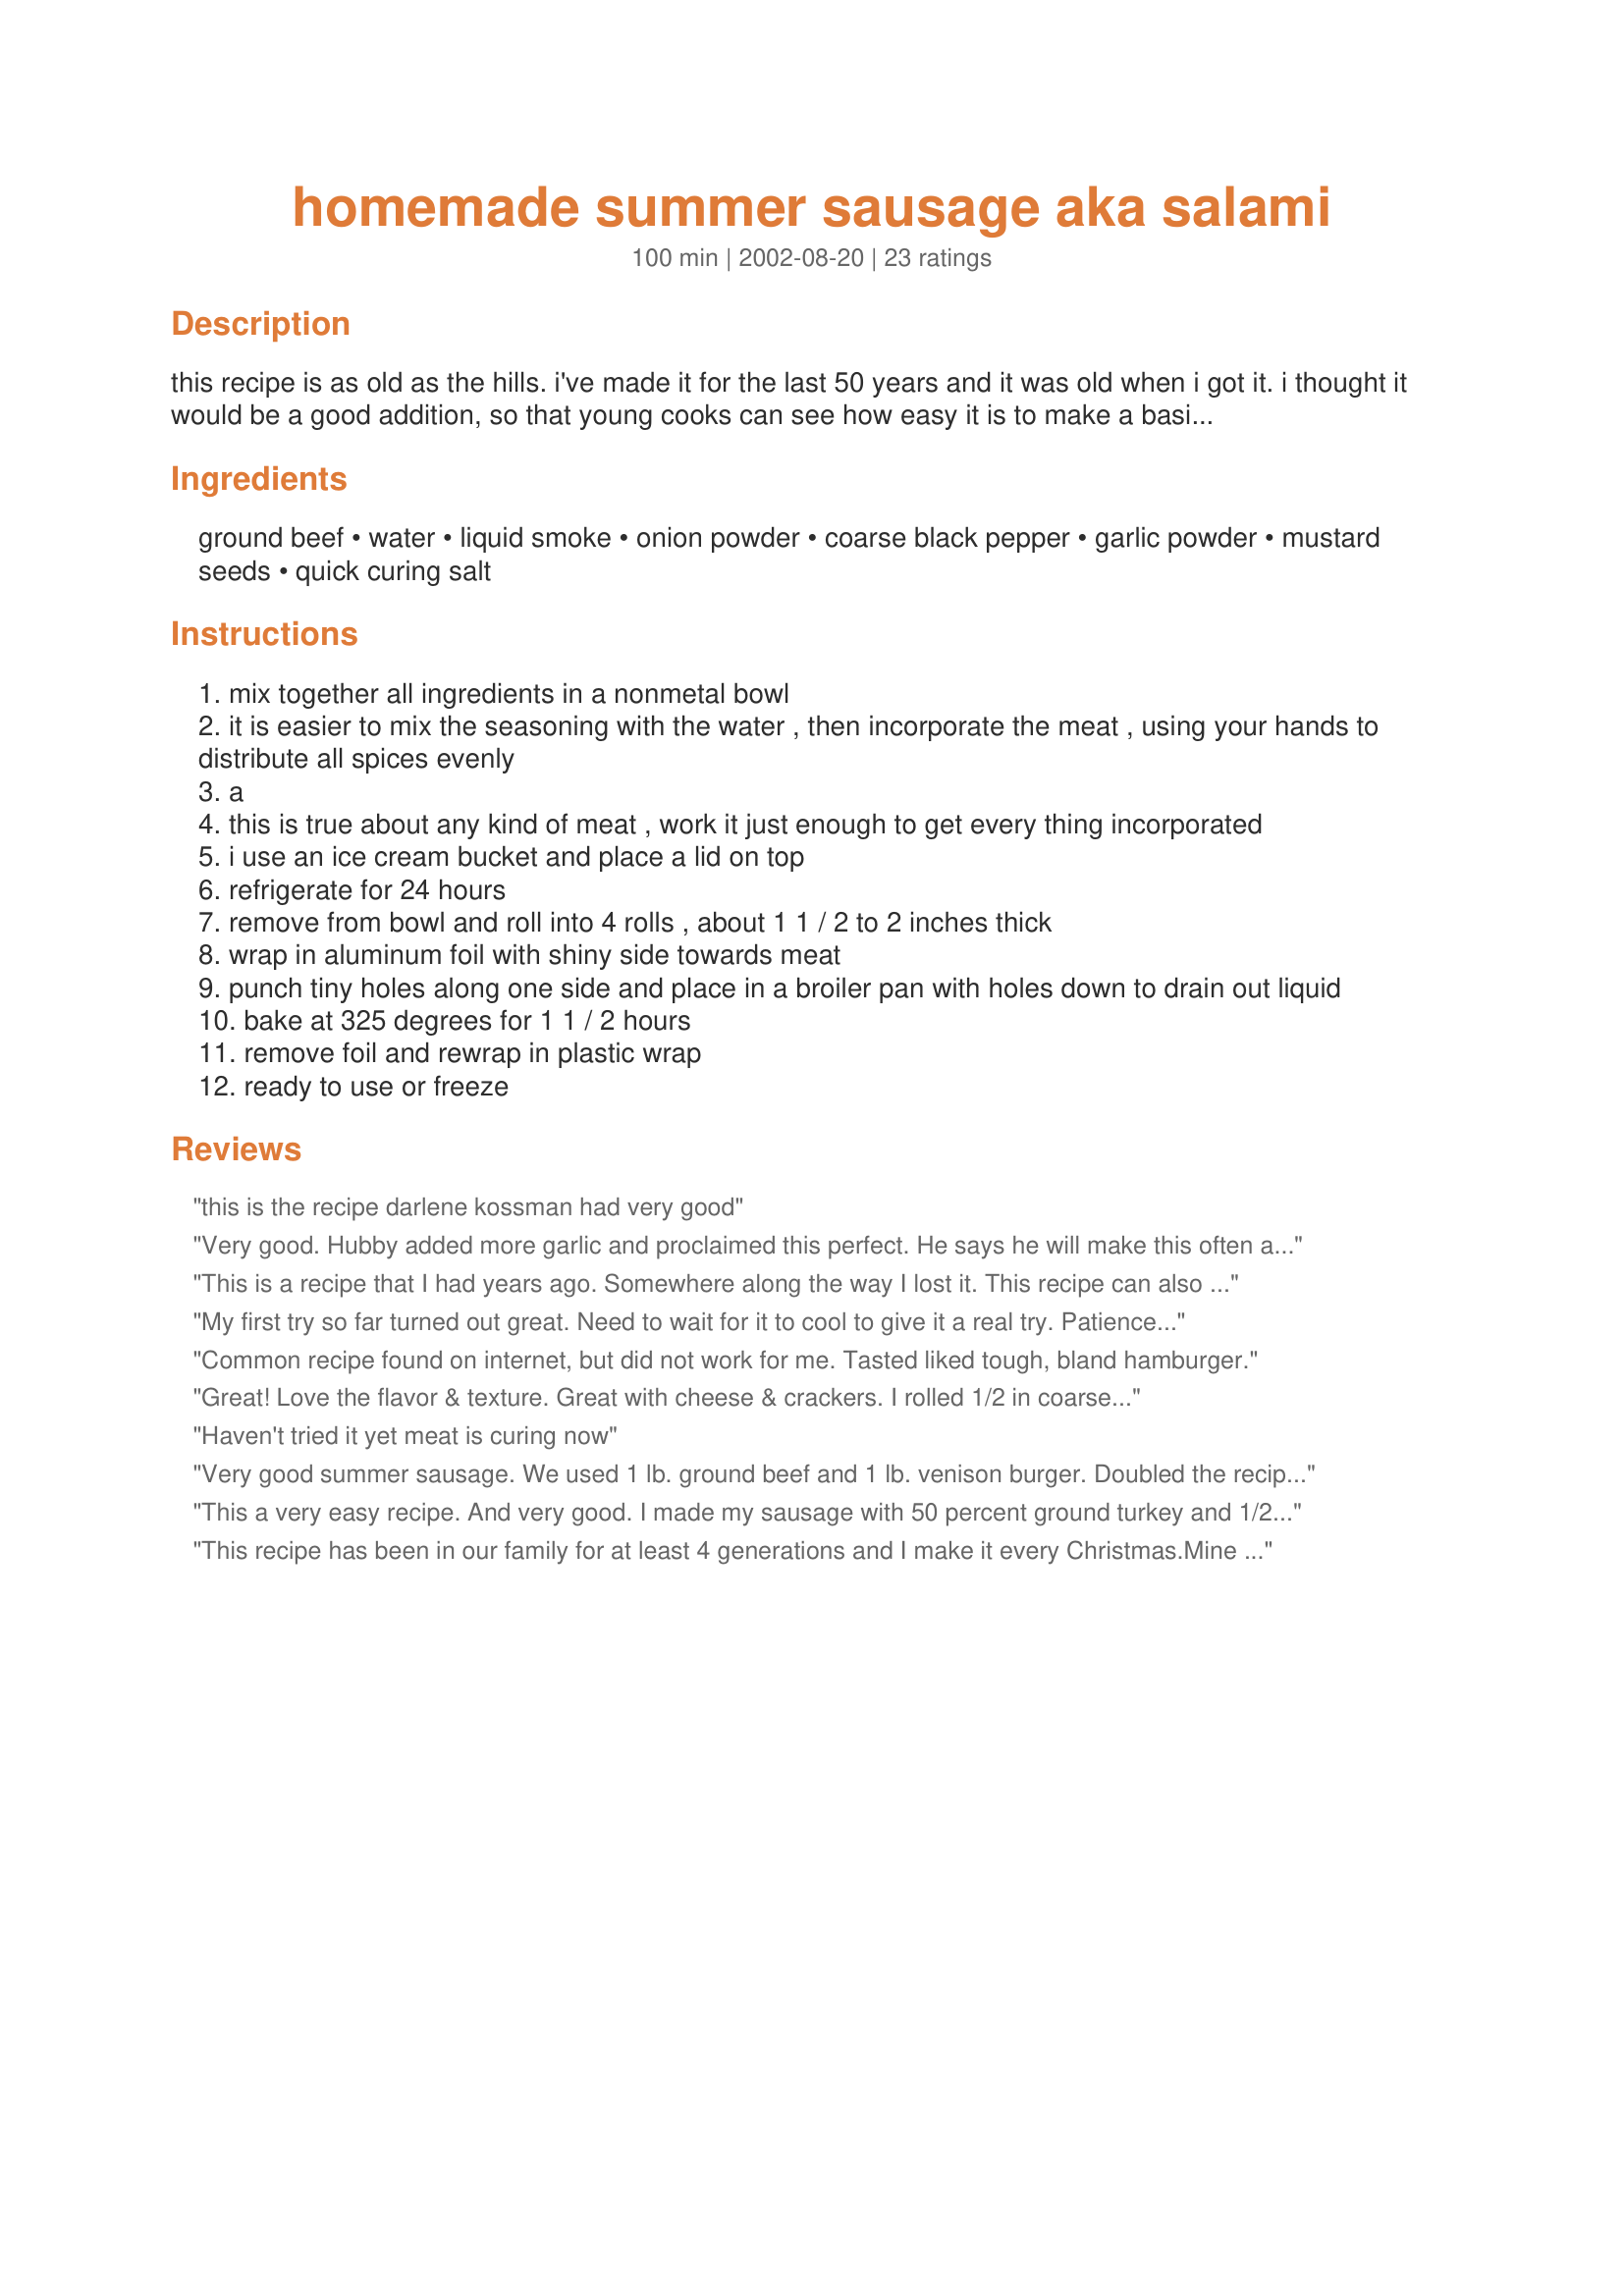
homemade summer sausage aka salami
Preparation time: 100 minutes

this recipe is as old as the hills. i've made it for the last 50 years and it was old when i got it. i thought it would be a good addition, so that young cooks can see how easy it is to make a basic sausage. you can play with it, add more spice or whatever. i do suggest trying it as written first. just as good as what you can buy, but you know what is in there. i make a double recipe and then freeze it. it is really easy and quick to whip this up and costs a lot less than store bought. prep time does not include sitting in the fridge for 24 hours.

Ingredients:
ground beef, water, liquid smoke, onion powder, coarse black pepper, garlic powder, mustard seeds, quick curing salt

Steps:
mix together all ingredients in a nonmetal bowl
it is easier to mix the seasoning with the water , then incorporate the meat , using your hands to distribute all spices evenly
a
this is true about any kind of meat , work it just enough to get every thing incorporated
i use an ice cream bucket and place a lid on top
refrigerate for 24 hours
remove from bowl and roll into 4 rolls , about 1 1 / 2 to 2 inches thick
wrap in aluminum foil with shiny side towards meat
punch tiny holes along one side and place in a broiler pan with holes down to drain out liquid
bake at 325 degrees for 1 1 / 2 hours
remove foil and rewrap in plastic wrap
ready to use or freeze

Reviews:
this is the recipe darlene kossman had very good
Very good. Hubby added more garlic and proclaimed this perfect. He says he will make this often and keep some in the freezer so he doesn't run out. His favorite way to eat this is with crackers and mustard.
This is a recipe that I had years ago. Somewhere along the way I lost it. This recipe can also be modified and made spicer or with more garlic if desired. This has been added to my cookbook.
My first try so far turned out great. Need to wait for it to cool to give it a real try. Patience is a virtue. Very easy to make.
Common recipe found on internet, but did not work for me. Tasted liked tough, bland hamburger.
Great! Love the flavor & texture. Great with cheese & crackers. I rolled 1/2 in coarse ground pepper before wrapping & baking and the finished product is pretty and very tasty. Thanks for a great recipe!
Haven't tried it yet meat is curing now
Very good summer sausage. We used 1 lb. ground beef and 1 lb. venison burger. Doubled the recipe and added chopped jalapeno and cheddar cheese in half! May add a little more spice next time. Thanks for a keeper :)
This a very easy recipe. And very good. I made my sausage with 50 percent ground turkey and 1/2 tsp crushed red pepper. With the turkey it came out very tender.
This recipe has been in our family for at least 4 generations and I make it every Christmas.Mine calls for 2T of liquid smoke and 3T of the salt. I have substituted the salt with pickling salt with great success!
Very good recipe for SUPER easy substitute for REAL smoked SAUSAGE not Salami ( true Salami is air cured, not cooked). I used mine for venison by adding 25% pork butt, however, I will only be adding 10 - 15% next time. My wife who does not like venison much even requested a second then third serving on a cracker with cheese!&lt;br/&gt;&lt;br/&gt;I souped up a couple rolls that came out EXCELLENT. These additions are PER 10.5oz roll(after addition of water).&lt;br/&gt;&lt;br/&gt;One roll I added about 1/8 tsp cayenne pepper and 1/2 tsp red pepper flakes to make it spicy but not terribly hot. I like hotter stuff but I made this to appeal to the &quot;masses&quot; in the house.&lt;br/&gt;&lt;br/&gt;Second roll, I added 1/2 tsp Blackened Cajun spice and 4 splashes of pepper sauce.&lt;br/&gt;&lt;br/&gt;It could also use at least 2x the liquid smoke. Another tip is to make your foil extra long (roll meat parallel with length of foil), grasp the end and twist HARD, it will compress the meat and plump it into nice rounded loaf. The nutrition info is for entire recipe.
Wow how easy this was to make! I halved the recipe - as I had never tried making my own sausage and didn't want to take a big plunge. I was very pleasantly pleased with the end result! Thank you for sharing !
I made this recipe with a few changes. I used only 1 pound of ground pork, no burger. I also added 1 tsp hot red pepper flakes. My version tasted really great,,,,5 stars.
Dammmmnnn!! This was awesome! So easy to mix up. Mine spent more than 24 hours in the fridge but other than that I followed the directions. Next time we might kick it up with a few red pepper flakes. My hubby went nuts over, my son ate three big slices at lunch and there is just the tail end of the first roll left. If I dont hide the other three they arent going to make Xmas...chances are I will be making more anyways. It is a definate keeper.
My discerning son said that this is the best sausage he's tasted! We don't have Summer sausage here in the UK so I think I'm going to start a new trend! Thank you so much!
I followed the recipe to a T! What came out looked like meatloaf logs, the taste is good but the meat is more cooked than cured, not pink or red at all like one would expect a summer sausage and certainly not looking at all like the picture on the recipe. It looks like gray, cooked, hamburger links. What am I missing? I love how simple this recipe is, but what am I missing?
Made as written with 90% lean ground beef.&lt;br/&gt;&lt;br/&gt;I did let it site in fridge for 48 hours due to unplanned activities getting in the way. I was little concerned at that point because it did not have that nice red/pick color but dont worry. Color was correct when it came out of the oven.&lt;br/&gt;&lt;br/&gt;Taste is very good. I used freshly ground black pepper and will probably cut down on that some next time.&lt;br/&gt;&lt;br/&gt;Looking forward to tinkering with this recipe - would like to see if fresh onions and or garlic would work.
Has anyone tried this in a smoker? I'm am new to this area of making sausage and I'm looking for great recipes to try.
I am commenting on this recipe rather than giving it any stars (which does not effect its rating), because although I have made the recipe the results were not what I expected. It was my first attempt at curing my own meat for a sausage or salami, and I think I can do it better a second time around - especially now that we have a better idea of what to expect. We're going to make this recipe again, and will update the review at that time. Thanks for posting it, morelhunter!
I have a couple recipes for this.. The same.. I'm writing a review based on a review. I made this with jalape?os and cheddar. It's the best!! So good, I will be making 8 batches and giving away 4 for gifts!! Next time I will add more jalape?os. "trial and error" not recipe fault since it didn't call for it. Thanks again!
This is a fantastic recipe, a good one for the holiday baskets, (make up ahead) I added some red pepper flakes for a bit more heat. This recipe is quite versatile. Thanks!
I made this a few years back, but lost the recipe, just absolutely delicious!
I wasn't sure if I would like this recipe, so halved it. I made NO other changes. Now I wish I had made a DOUBLE recipe! I could not have been more impressed with my results. Some friends who sampled the sausage were raving about how tasty it was. I have shared this recipe with many family and friends. The idea of rolling the mixture into logs rolled in foil was GENIUS! In fact, I may never use my sausage stuffing attachment for my mixer ever again. Except if I grind my own meats, of course. I am forever in your debt -- if I could give it TEN stars, I would!
